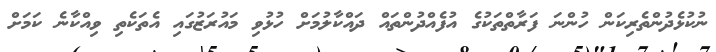
ނުކުޅެދުންތެރިކަން ހުންނަ ފަރާތްތަކުގެ އުފެއްދުންތައް ދައްކާލުމަށް ހުޅުވި މައުރަޒުގައި އެތަކެތި ވިއްކާނެ ކަމަށް